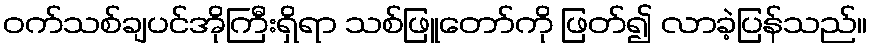
ဝက်သစ်ချပင်အိုကြီးရှိရာ သစ်ဖြူတော်ကို ဖြတ်၍ လာခဲ့ပြန်သည်။